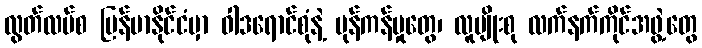
လွတ်လပ်စ မြန်မာနိုင်ငံမှာ ဝါဒရောင်စုံနဲ့ ပုန်ကန်မှုတွေ၊ လူမျိုးစု လက်နက်ကိုင်အဖွဲ့တွေ